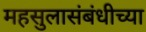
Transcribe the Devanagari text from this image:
महसुलासंबंधीच्या